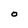
Character: O